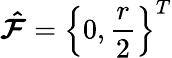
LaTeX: \boldsymbol{\hat{\mathcal{F}}}=\left\{ 0,\frac{r}{2}\right\} ^{T}